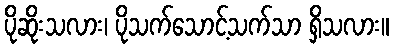
ပိုဆိုးသလား၊ ပိုသက်သောင့်သက်သာ ရှိသလား။